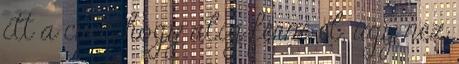
itt a cucc, hogy alig férni el, úgy néz